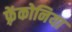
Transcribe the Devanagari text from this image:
फ़्रेंकोनिया